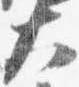
大